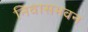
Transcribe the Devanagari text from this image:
निवासभवन